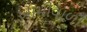
ખામીવાળી